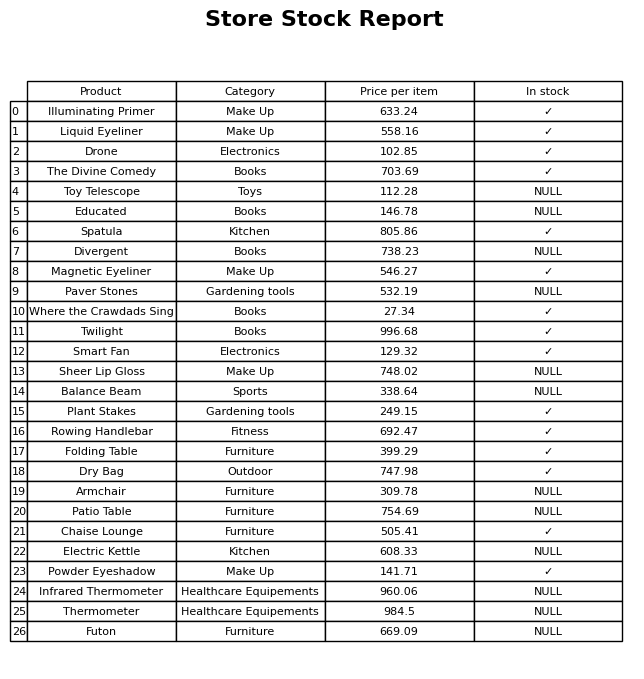
question: What is the price of the Rowing Handlebar?
answer: The price of Rowing Handlebar is 692.47.